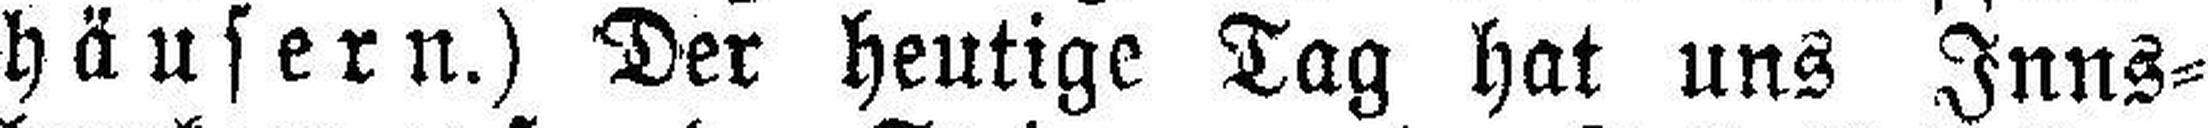
häusern.) Der heutige Tag hat uns Inns¬